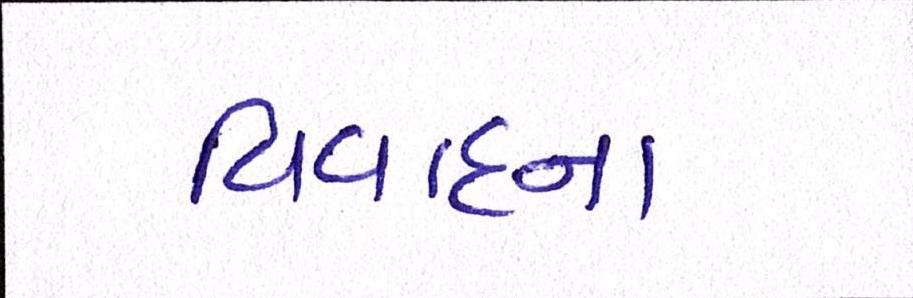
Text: વિવાદના